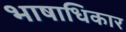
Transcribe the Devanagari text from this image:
भाषाधिकार